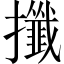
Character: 攕